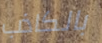
بالكاذب